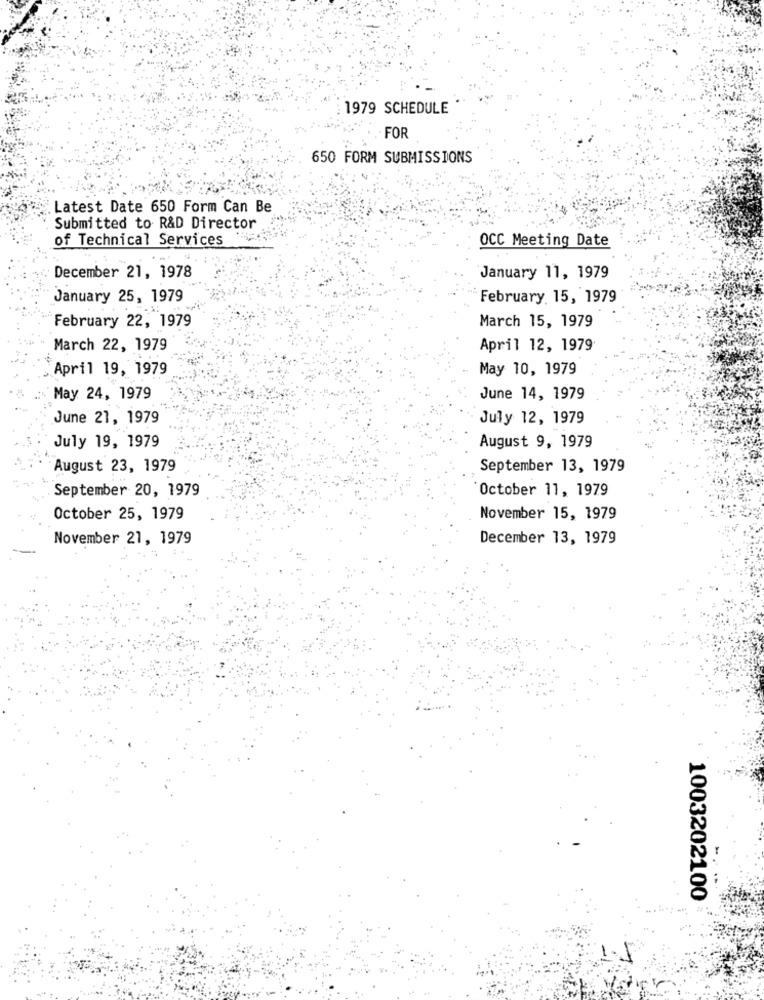
1979 SCHEDULE
FOR
650 FORM SUBMISSIONS
Latest Date 650 Form Can Be
Submitted to R&D Director
of Technical Services
OCC Meeting Date
December 21, 1978
January 11, 1979
January 25, 1979
February 15, 1979
February 22, 1979
March 15, 1979
March 22, 1979
April 12, 1979
April 19, 1979
May 10, 1979
May 24, 1979
June 14, 1979
June 21, 1979
July 12, 1979
July 19, 1979
August 9, 1979
August 23, 1979
September 13, 1979
September 20, 1979
October 11, 1979
October 25, 1979
November 15, 1979
November 21, 1979
December 13, 1979
1003202100